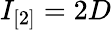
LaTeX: I_{[2]}=2D